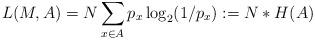
LaTeX: \begin{align*}L(M,A)= N \sum_{x \in A} p_x \log_2 (1/p_x) := N * H(A) \end{align*}